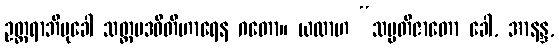
ဥတ္တရာဘိမုခေါ သတ္တပဒဝီတိဟာရေန ဂတော။ ယထာဟ “သမ္ပတိဇာတော ခေါ, အာနန္ဒ,